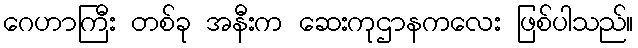
ဂေဟာကြီး တစ်ခု အနီးက ဆေးကုဌာနကလေး ဖြစ်ပါသည်။